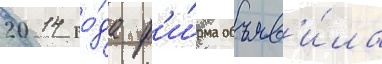
2014 го́да ф'и́рма объяв'и́ла